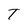
Character: T